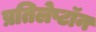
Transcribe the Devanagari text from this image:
प्रतिलेप्टॉन